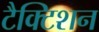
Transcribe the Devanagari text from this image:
टैक्टिशन